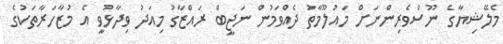
މެލޭޝިޔާގެ ނޫސްވެރިންނަށް މައުލޫމާތު ދެއްވަމުން ނަޖީބް ރައްޒާގު މިއަދު ވިދާޅުވީ އެ މުޒާހަރާތަކުގެ